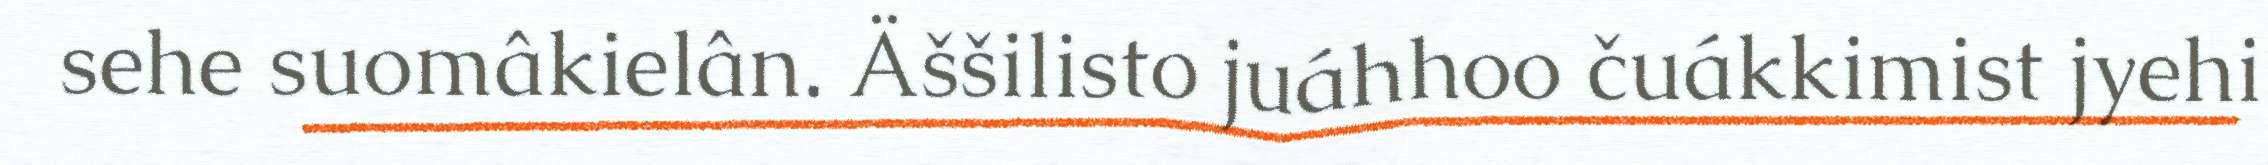
sehe suomâkielân. Äššilisto juáhhoo čuákkimist jyehi